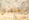
يستقيل